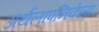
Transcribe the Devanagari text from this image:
अर्थलापनिकेला